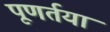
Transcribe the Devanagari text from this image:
पूणर्तया